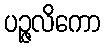
ပဉ္ဇလိကော